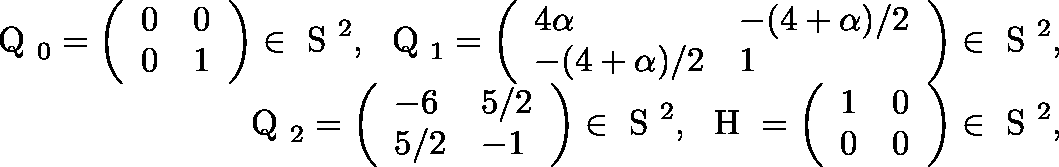
\begin{array} { r l r } & { } & { \mathrm { \boldmath ~ Q ~ } _ { 0 } = \left( \begin{array} { l l } { 0 } & { 0 } \\ { 0 } & { 1 } \end{array} \right) \in \mathrm { ~ \mathbb { S } ~ } ^ { 2 } , \ \mathrm { \boldmath ~ Q ~ } _ { 1 } = \left( \begin{array} { l l } { 4 \alpha } & { - ( 4 + \alpha ) / 2 } \\ { - ( 4 + \alpha ) / 2 } & { 1 } \end{array} \right) \in \mathrm { ~ \mathbb { S } ~ } ^ { 2 } , } \\ & { } & { \mathrm { \boldmath ~ Q ~ } _ { 2 } = \left( \begin{array} { l l } { - 6 } & { 5 / 2 } \\ { 5 / 2 } & { - 1 } \end{array} \right) \in \mathrm { ~ \mathbb { S } ~ } ^ { 2 } , \ \mathrm { \boldmath ~ H ~ } = \left( \begin{array} { l l } { 1 } & { 0 } \\ { 0 } & { 0 } \end{array} \right) \in \mathrm { ~ \mathbb { S } ~ } ^ { 2 } , } \end{array}